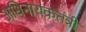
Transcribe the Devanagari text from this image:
अधिनायकतंत्री